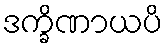
ဒက္ခိဏာယပိ